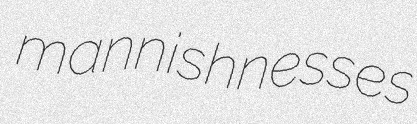
mannishnesses